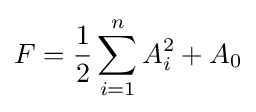
F={\frac {1}{2}}\sum _{i=1}^{n}A_{i}^{2}+A_{0}